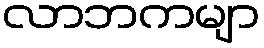
လာဘကမျာ